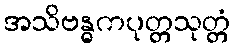
အသိဗန္ဓကပုတ္တသုတ္တံ